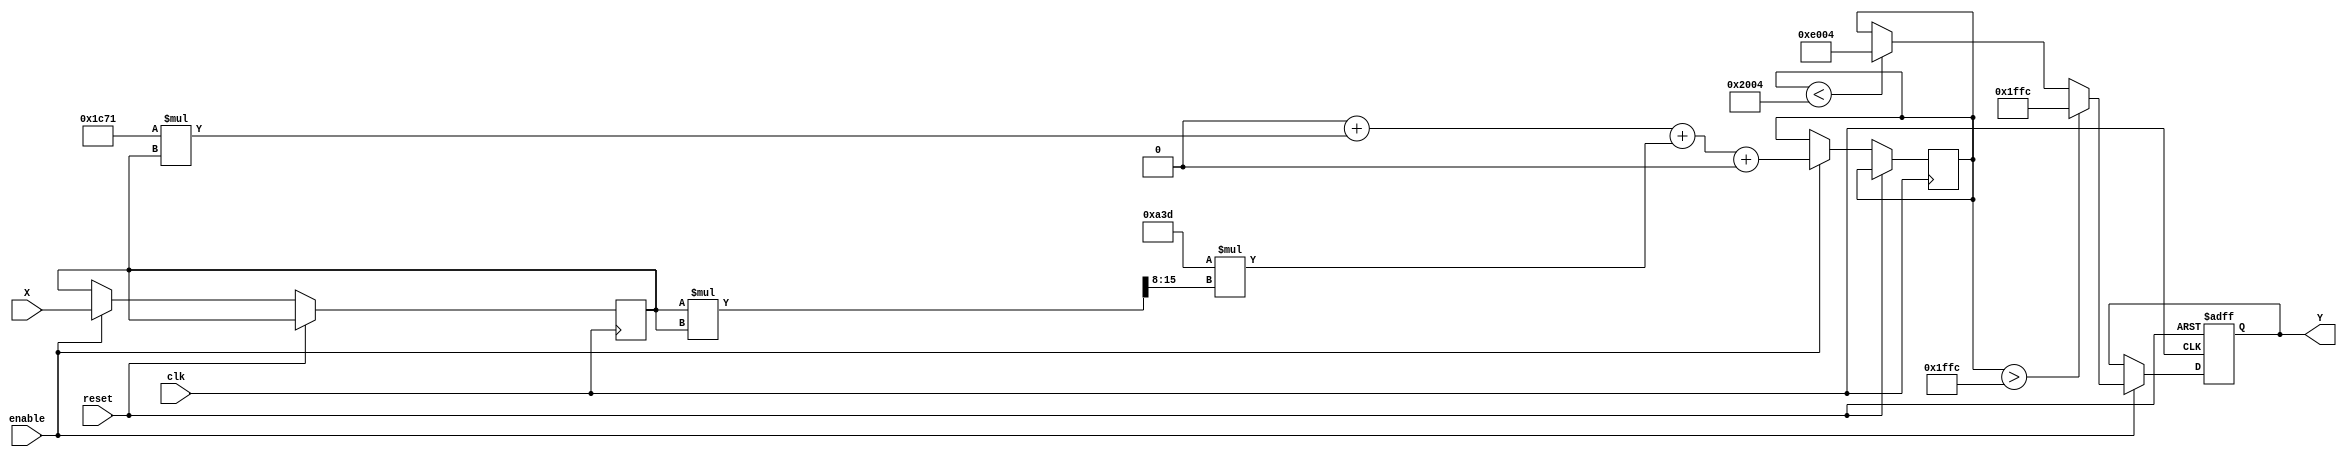
module atan_block (
    input wire signed [15:0] X,  // Input Data (fixed-point representation)
    input wire clk,               // Clock signal
    input wire reset,             // Reset signal
    input wire enable,            // Enable signal
    output reg signed [15:0] Y    // Output Data (angle in radians)
);

// Parameters for the polynomial approximation
parameter signed [15:0] PI_OVER_2 = 16'h1FFC; // /2 in fixed-point (16-bit)
parameter signed [15:0] PI = 16'h3FFF;         //  in fixed-point (16-bit)

// Internal variables
reg signed [15:0] x;
reg signed [15:0] y;

// Polynomial coefficients for approximation (example coefficients)
parameter signed [15:0] A0 = 16'h0000; // Coefficient for x^0
parameter signed [15:0] A1 = 16'h1C71; // Coefficient for x^1
parameter signed [15:0] A2 = 16'h0A3D; // Coefficient for x^2
parameter signed [15:0] A3 = 16'h0C8F; // Coefficient for x^3

// State machine for computation
always @(posedge clk or posedge reset) begin
    if (reset) begin
        Y <= 16'h0000; // Reset output
    end else if (enable) begin
        // Use the polynomial approximation for atan
        x <= X;

        // Compute y using a simple polynomial approximation
        y <= A0 + (A1 * x) + (A2 * (x * x >> 8)) + (A3 * (x * x * x >> 16));

        // Saturate the output to the range [-/2, /2]
        if (y > PI_OVER_2) begin
            Y <= PI_OVER_2;
        end else if (y < -PI_OVER_2) begin
            Y <= -PI_OVER_2;
        end else begin
            Y <= y;
        end
    end
end

endmodule